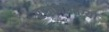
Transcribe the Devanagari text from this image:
राजनीतिग्यों